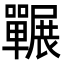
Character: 囅